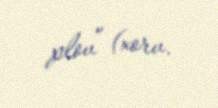
plovʼʼ (xorv.